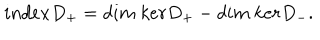
LaTeX: i n d e x D _ { + } = d i m { \ } k e r D _ { + } - d i m { \ } k e r D _ { - } .